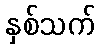
နှစ်သက်